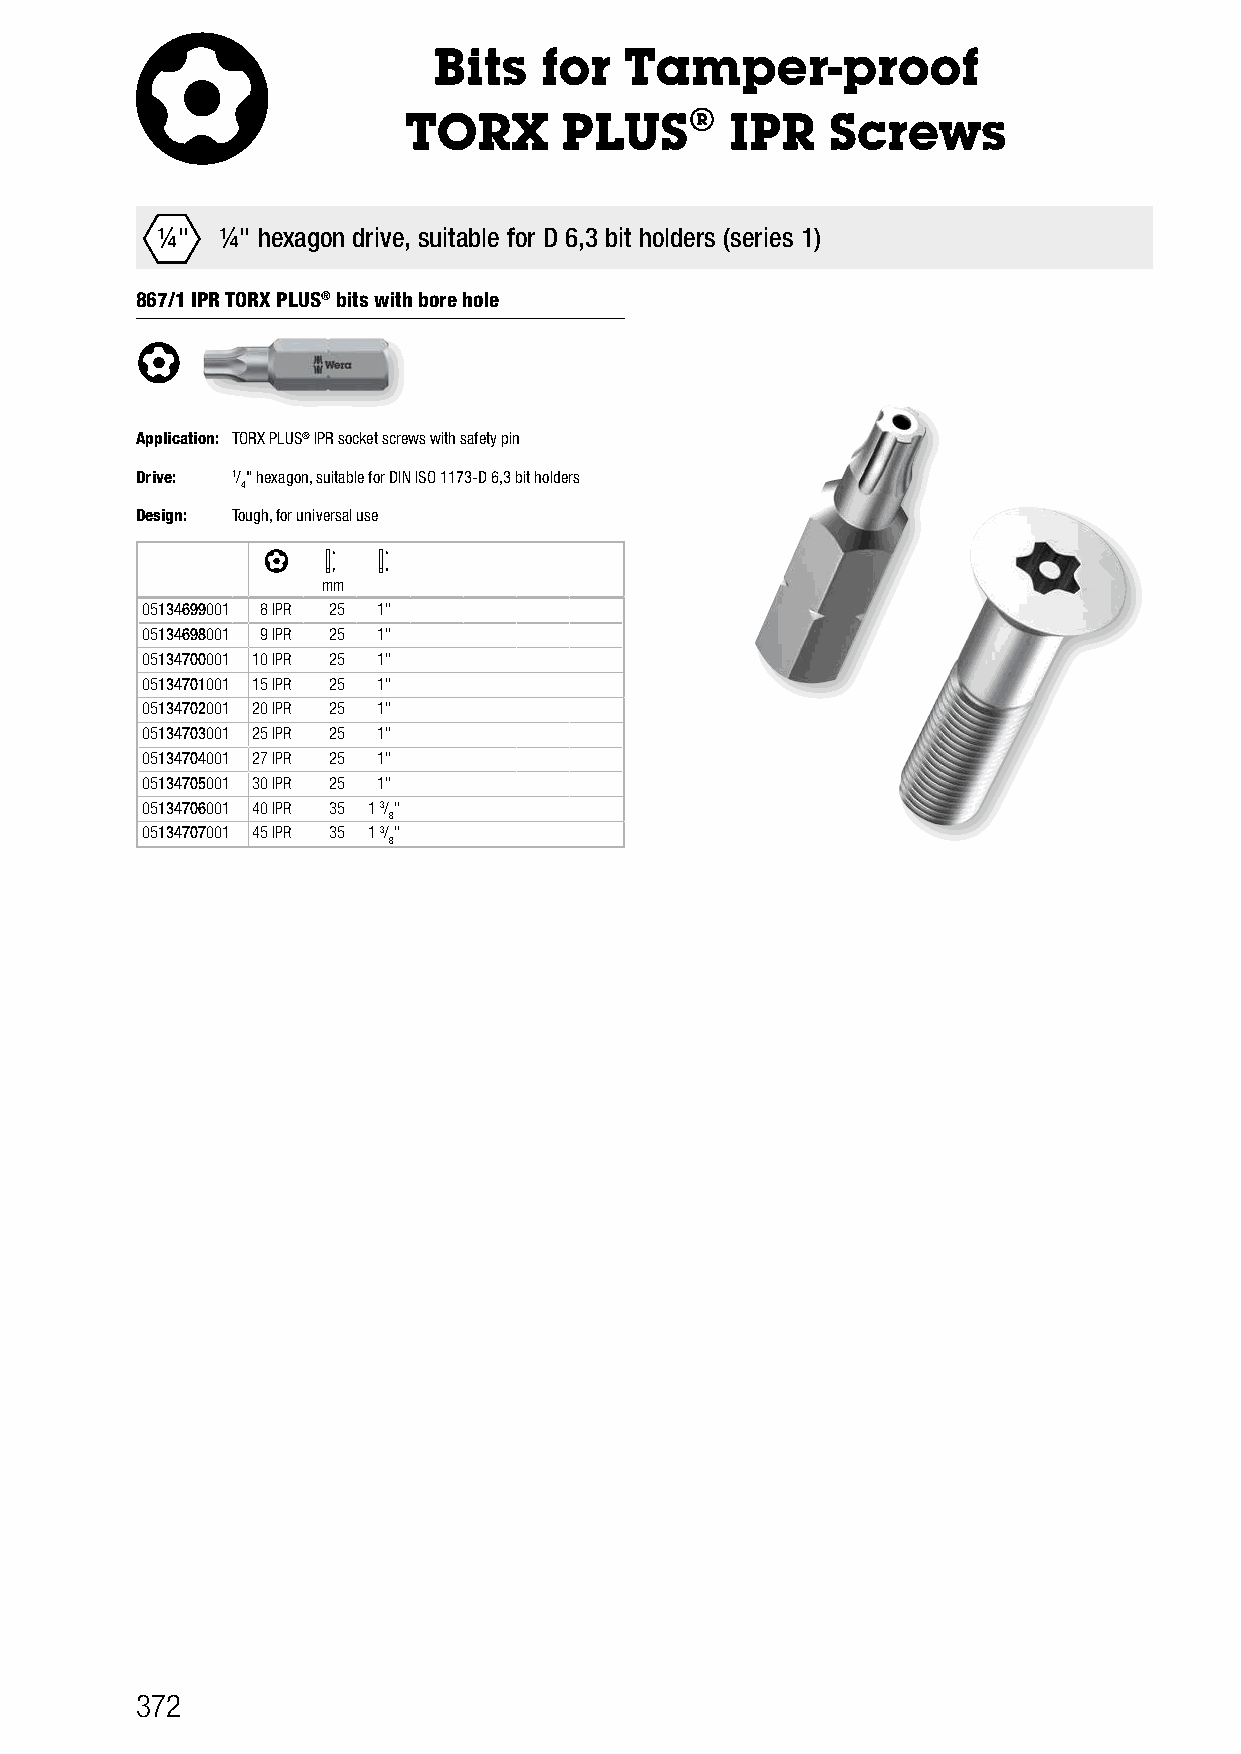
Bits   for  Tamper-proof
 TORX      PLUS®      IPR    Screws
 ¼"   ¼" hexagon drive, suitable for D 6,3 bit holders (series 1)
 867/1 IPR TORX PLUS® bits with bore hole
 Application: TORX PLUS® IPR socket screws with safety pin
 Drive: 1/" hexagon, suitable for DIN ISO 1173-D 6,3 bit holders
 4
 Design: Tough, for universal use
 mm
 05134699001 8 IPR 25 1"
 05134698001 9 IPR 25 1"
 05134700001 10 IPR 25 1"
 05134701001 15 IPR 25 1"
 05134702001 20 IPR 25 1"
 05134703001 25 IPR 25 1"
 05134704001 27 IPR 25 1"
 05134705001 30 IPR 25 1"
 05134706001 40 IPR 35 1 3/"
 8
 05134707001 45 IPR 35 1 3/"
 8
 372